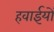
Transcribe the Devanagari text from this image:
हवाईयों